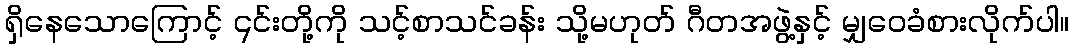
ရှိနေသောကြောင့် ၎င်းတို့ကို သင့်စာသင်ခန်း သို့မဟုတ် ဂီတအဖွဲ့နှင့် မျှဝေခံစားလိုက်ပါ။